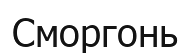
Сморгонь